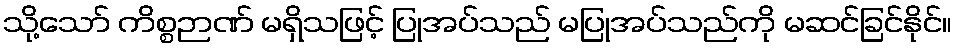
သို့သော် ကိစ္စဉာဏ် မရှိသဖြင့် ပြုအပ်သည် မပြုအပ်သည်ကို မဆင်ခြင်နိုင်။